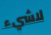
لاشيء